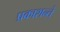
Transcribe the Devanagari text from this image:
प्रकाशन्ते